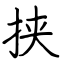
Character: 挟